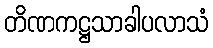
တိဏကဋ္ဌသာခါပလာသံ